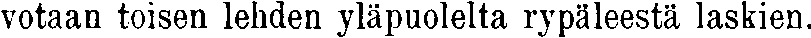
votaan toisen lehden yläpuolelta rypäleestä laskien.